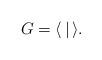
LaTeX: \begin{align*} G = \langle \, \mid \,\rangle. \end{align*}